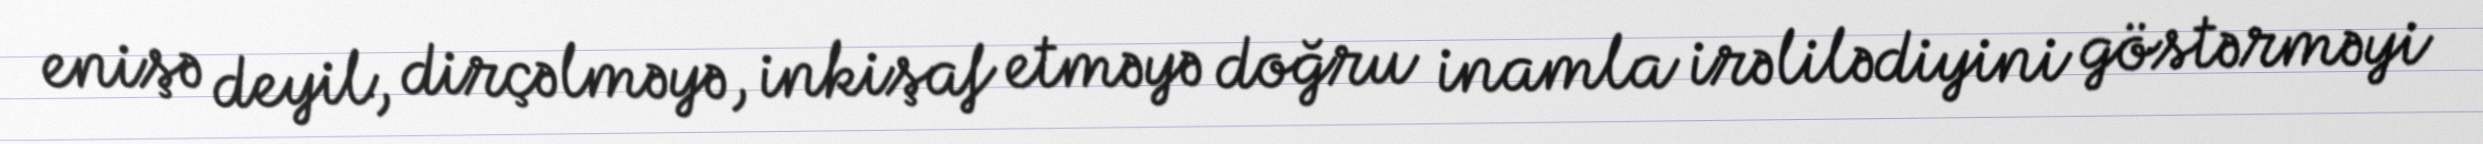
enişə deyil, dirçəlməyə, inkişaf etməyə doğru inamla irəlilədiyini göstərməyi